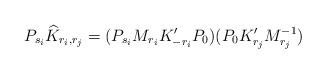
LaTeX: \begin{align*} P_{s_i}\widehat{K}_{r_i,r_j}=(P_{s_i}M_{r_i}K'_{-r_i}P_0)(P_0K'_{r_j}M_{r_j}^{-1})\end{align*}